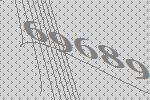
69689